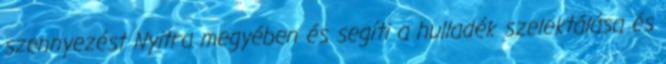
szennyezést Nyitra megyében és segíti a hulladék szelektálása és